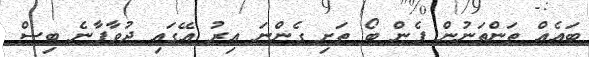
ބައެއް ތަންތަނުން ފެން ބޯ ތަށި ގެންނަ އިރު އޭގައި ދުވާފާނެ ބިސް